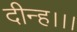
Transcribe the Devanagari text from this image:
दीन्‍ह।।।